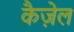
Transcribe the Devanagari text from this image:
कैज़ेल